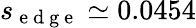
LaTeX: s_{\mathrm{~e~d~g~e~}}\simeq 0.0454